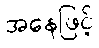
အနေဖြင့်